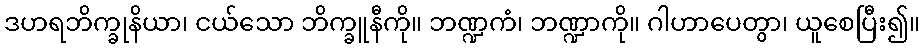
ဒဟရဘိက္ခုနိယာ၊ ငယ်သော ဘိက္ခူနီကို။ ဘဏ္ဍကံ၊ ဘဏ္ဍာကို။ ဂါဟာပေတွာ၊ ယူစေပြီး၍။